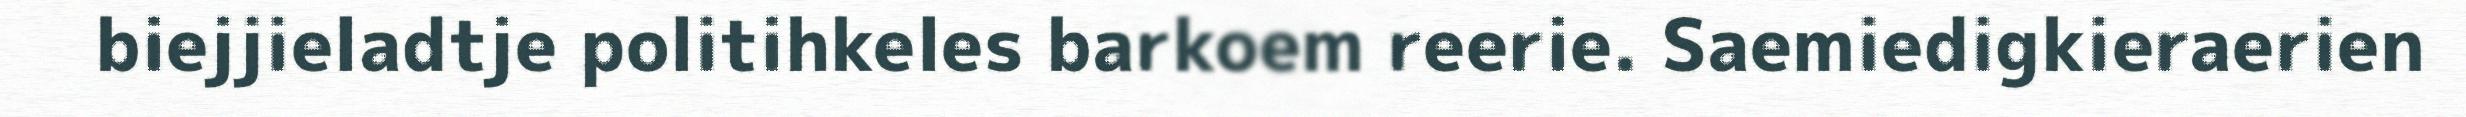
biejjieladtje politihkeles barkoem reerie. Saemiedigkieraerien